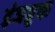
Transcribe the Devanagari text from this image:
इंजब्रुक